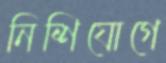
নিশিযোগে